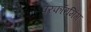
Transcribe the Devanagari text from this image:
परफॉरमिंग